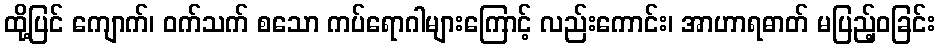
ထို့ပြင် ကျောက်၊ ဝက်သက် စသော ကပ်ရောဂါများကြောင့် လည်းကောင်း၊ အာဟာရဓာတ် မပြည့်ဝခြင်း